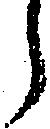
う